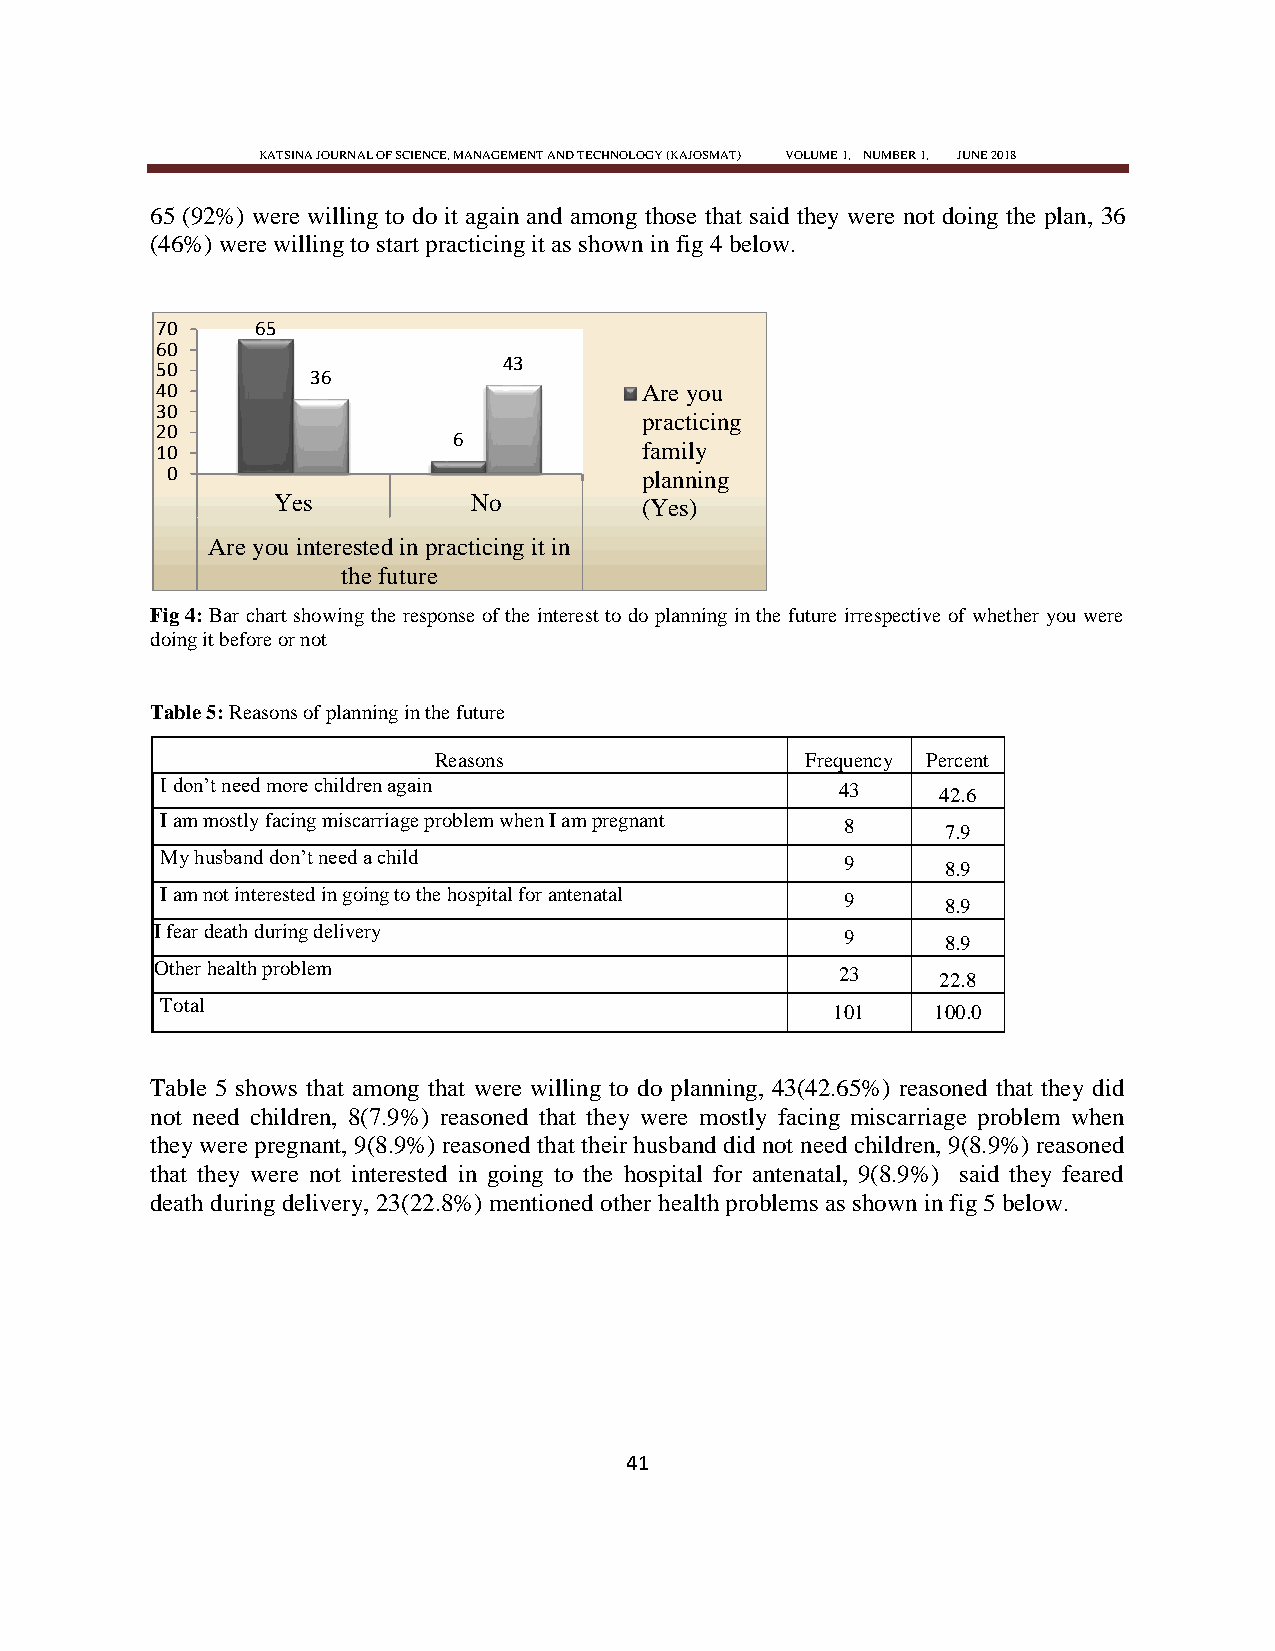
KATSINA JOURNAL OF SCIENCE, MANAGEMENT AND TECHNOLOGY (KAJOSMAT) VOLUME 1, NUMBER 1, JUNE 2018
 65 (92%) were willing to do it again and among those that said they were not doing the plan, 36
 (46%) were willing to start practicing it as shown in fig 4 below.
 70     65
 60
 43
 50
 36
 40                              Are you
 30
 practicing
 20
 6
 10                              family
 0                              planning
 Yes          No         (Yes)
 Are you interested in practicing it in
 the future
 Fig 4: Bar chart showing the response of the interest to do planning in the future irrespective of whether you were
 doing it before or not
 Table 5: Reasons of planning in the future
 Reasons                 Frequency Percent
 I don‘t need more children again             43    42.6
 I am mostly facing miscarriage problem when I am pregnant 8 7.9
 My husband don‘t need a child                9      8.9
 I am not interested in going to the hospital for antenatal 9 8.9
 I fear death during delivery                  9      8.9
 Other health problem                          23    22.8
 Total
 101    100.0
 Table 5 shows that among that were willing to do planning, 43(42.65%) reasoned that they did
 not need children, 8(7.9%) reasoned that they were mostly facing miscarriage problem when
 they were pregnant, 9(8.9%) reasoned that their husband did not need children, 9(8.9%) reasoned
 that they were not interested in going to the hospital for antenatal, 9(8.9%) said they feared
 death during delivery, 23(22.8%) mentioned other health problems as shown in fig 5 below.
 41